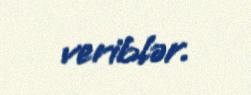
veriblər.